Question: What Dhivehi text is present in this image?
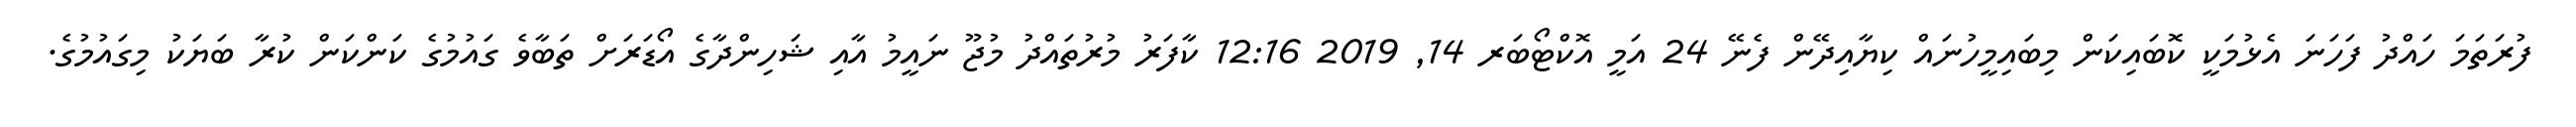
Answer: ފުރަތަމަ ހައްދު ފަހަނަ އެޅުމަކީ ކޮބައިކަން މިބައިމީހުނައް ކިޔާއިދޭން ފެނޭ 24 އަމީ އޮކްޓޯބަރ 14, 2019 12:16 ކާފަރު މުރުތައްދު މުޖޫ ނައީމު އާއި ޝަހިންދާގެ އޯޑަރަށް ތަބާވެ ގައުމުގެ ކަންކަން ކުރާ ބަޔަކު މިގައުމުގެ.